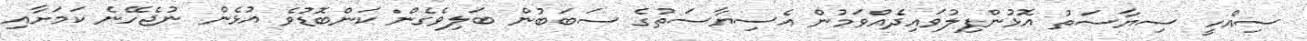
ސިއްހީ ސިޔާސަތު އޮޅުންފިލުވައިދެއްވަމުން އެސިޔާސަތުގެ ސަބަބުން ބަލިވެގެން ކަންބޮޑުވެ އުޅެން ނުޖެހޭނެ ކަމަށާއި